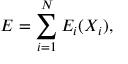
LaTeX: E = \sum _ { i = 1 } ^ { N } E _ { i } ( X _ { i } ) ,